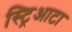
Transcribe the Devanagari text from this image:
स्ट्रिआटा